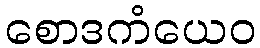
စောဒကံယေဝ